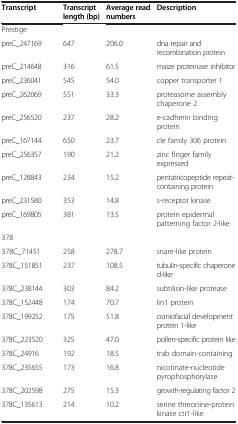
<table><thead><tr><td><b>Transcript</b></td><td><b>Transcript</b></td><td><b>Average read</b></td><td><b>Description</b></td></tr><tr><td><b> </b></td><td><b>length (bp)</b></td><td><b>numbers</b></td><td><b> </b></td></tr></thead><tbody><tr><td colspan="4">Prestige</td></tr><tr><td>preC_247169</td><td>647</td><td>206.0</td><td>dna repair and recombination protein</td></tr><tr><td>preC_214648</td><td>316</td><td>61.5</td><td>maize proteinase inhibitor</td></tr><tr><td>preC_236041</td><td>545</td><td>54.0</td><td>copper transporter 1</td></tr><tr><td>preC_262069</td><td>551</td><td>33.3</td><td>proteasome assembly chaperone 2</td></tr><tr><td>preC_256520</td><td>237</td><td>28.2</td><td>e-cadherin binding protein</td></tr><tr><td>preC_167144</td><td>650</td><td>23.7</td><td>cle family 306 protein</td></tr><tr><td>preC_256357</td><td>190</td><td>21.2</td><td>zinc finger family expressed</td></tr><tr><td>preC_128843</td><td>234</td><td>15.2</td><td>pentatricopeptide repeat-containing protein</td></tr><tr><td>preC_231580</td><td>353</td><td>14.8</td><td>s-receptor kinase</td></tr><tr><td>preC_169805</td><td>381</td><td>13.5</td><td>protein epidermal patterning factor 2-like</td></tr><tr><td colspan="4">378</td></tr><tr><td>378C_71451</td><td>258</td><td>278.7</td><td>snare-like protein</td></tr><tr><td>378C_151851</td><td>237</td><td>108.5</td><td>tubulin-specific chaperone d-like</td></tr><tr><td>378C_238144</td><td>303</td><td>84.2</td><td>subtilisin-like protease</td></tr><tr><td>378C_152448</td><td>174</td><td>70.7</td><td>lin1 protein</td></tr><tr><td>378C_199252</td><td>175</td><td>51.8</td><td>craniofacial development protein 1-like</td></tr><tr><td>378C_223520</td><td>325</td><td>47.0</td><td>pollen-specific protein like</td></tr><tr><td>378C_24916</td><td>192</td><td>18.5</td><td>trab domain-containing</td></tr><tr><td>378C_235655</td><td>173</td><td>16.8</td><td>nicotinate-nucleotide pyrophosphorylase</td></tr><tr><td>378C_202598</td><td>275</td><td>15.3</td><td>growth-regulating factor 2</td></tr><tr><td>378C_135613</td><td>214</td><td>10.2</td><td>serine threonine-protein kinase ctr1-like</td></tr></tbody></table>